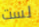
لست